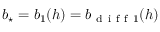
\ensuremath { b _ { \star } } = b _ { 1 } ( h ) = b _ { \mathrm { ~ d ~ i ~ f ~ f ~ } 1 } ( h )